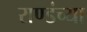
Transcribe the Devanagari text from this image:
राण्डंच्या